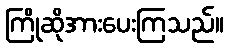
ကြိုဆိုအားပေးကြသည်။